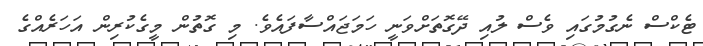
ޓެކްސް ނެގުމުގައި ވެސް ލުއި ދޭގޮތަށްވަނީ ހަމަޖައްސާފައެވެ. މި ގޮތުން މީގެކުރިން އަހަރެއްގެ